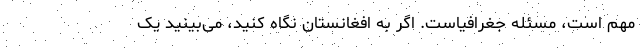
مهم است، مسئله جغرافیاست. اگر به افغانستان نگاه کنید، می‌بینید یک